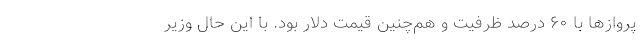
پروازها با ۶۰ درصد ظرفیت و هم‌چنین قیمت دلار بود. با این حال وزیر